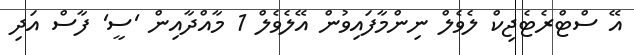
އޭ ސްޓްރެޓެޖިކް ލެވެލް ނިންމާފައިވުން އޭލެވެލް 1 މާއްދާއިން 'ސީ' ފާސް އަދި